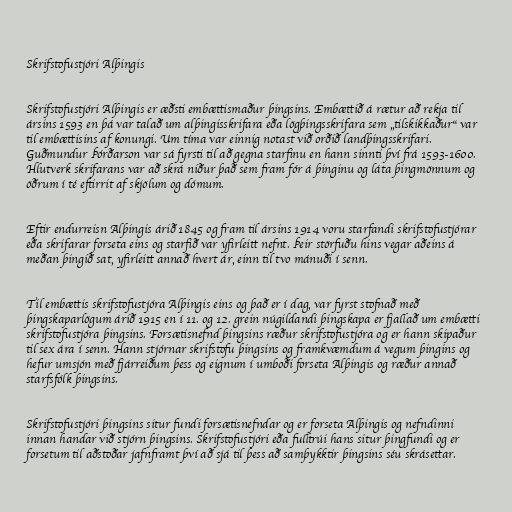
Skrifstofustjóri Alþingis

Skrifstofustjóri Alþingis er æðsti embættismaður þingsins. Embættið á rætur að rekja til
ársins 1593 en þá var talað um alþingisskrifara eða lögþingsskrifara sem „tilskikkaður“ var
til embættisins af konungi. Um tíma var einnig notast við orðið landþingsskrifari.
Guðmundur Þórðarson var sá fyrsti til að gegna starfinu en hann sinnti því frá 1593-1600.
Hlutverk skrifarans var að skrá niður það sem fram fór á þinginu og láta þingmönnum og
öðrum í té eftirrit af skjölum og dómum.

Eftir endurreisn Alþingis árið 1845 og fram til ársins 1914 voru starfandi skrifstofustjórar
eða skrifarar forseta eins og starfið var yfirleitt nefnt. Þeir störfuðu hins vegar aðeins á
meðan þingið sat, yfirleitt annað hvert ár, einn til tvo mánuði í senn.

Til embættis skrifstofustjóra Alþingis eins og það er í dag, var fyrst stofnað með
þingskaparlögum árið 1915 en í 11. og 12. grein núgildandi þingskapa er fjallað um embætti
skrifstofustjóra þingsins. Forsætisnefnd þingsins ræður skrifstofustjóra og er hann skipaður
til sex ára í senn. Hann stjórnar skrifstofu þingsins og framkvæmdum á vegum þingins og
hefur umsjón með fjárreiðum þess og eignum í umboði forseta Alþingis og ræður annað
starfsfólk þingsins.

Skrifstofustjóri þingsins situr fundi forsætisnefndar og er forseta Alþingis og nefndinni
innan handar við stjórn þingsins. Skrifstofustjóri eða fulltrúi hans situr þingfundi og er
forsetum til aðstoðar jafnframt því að sjá til þess að samþykktir þingsins séu skrásettar.